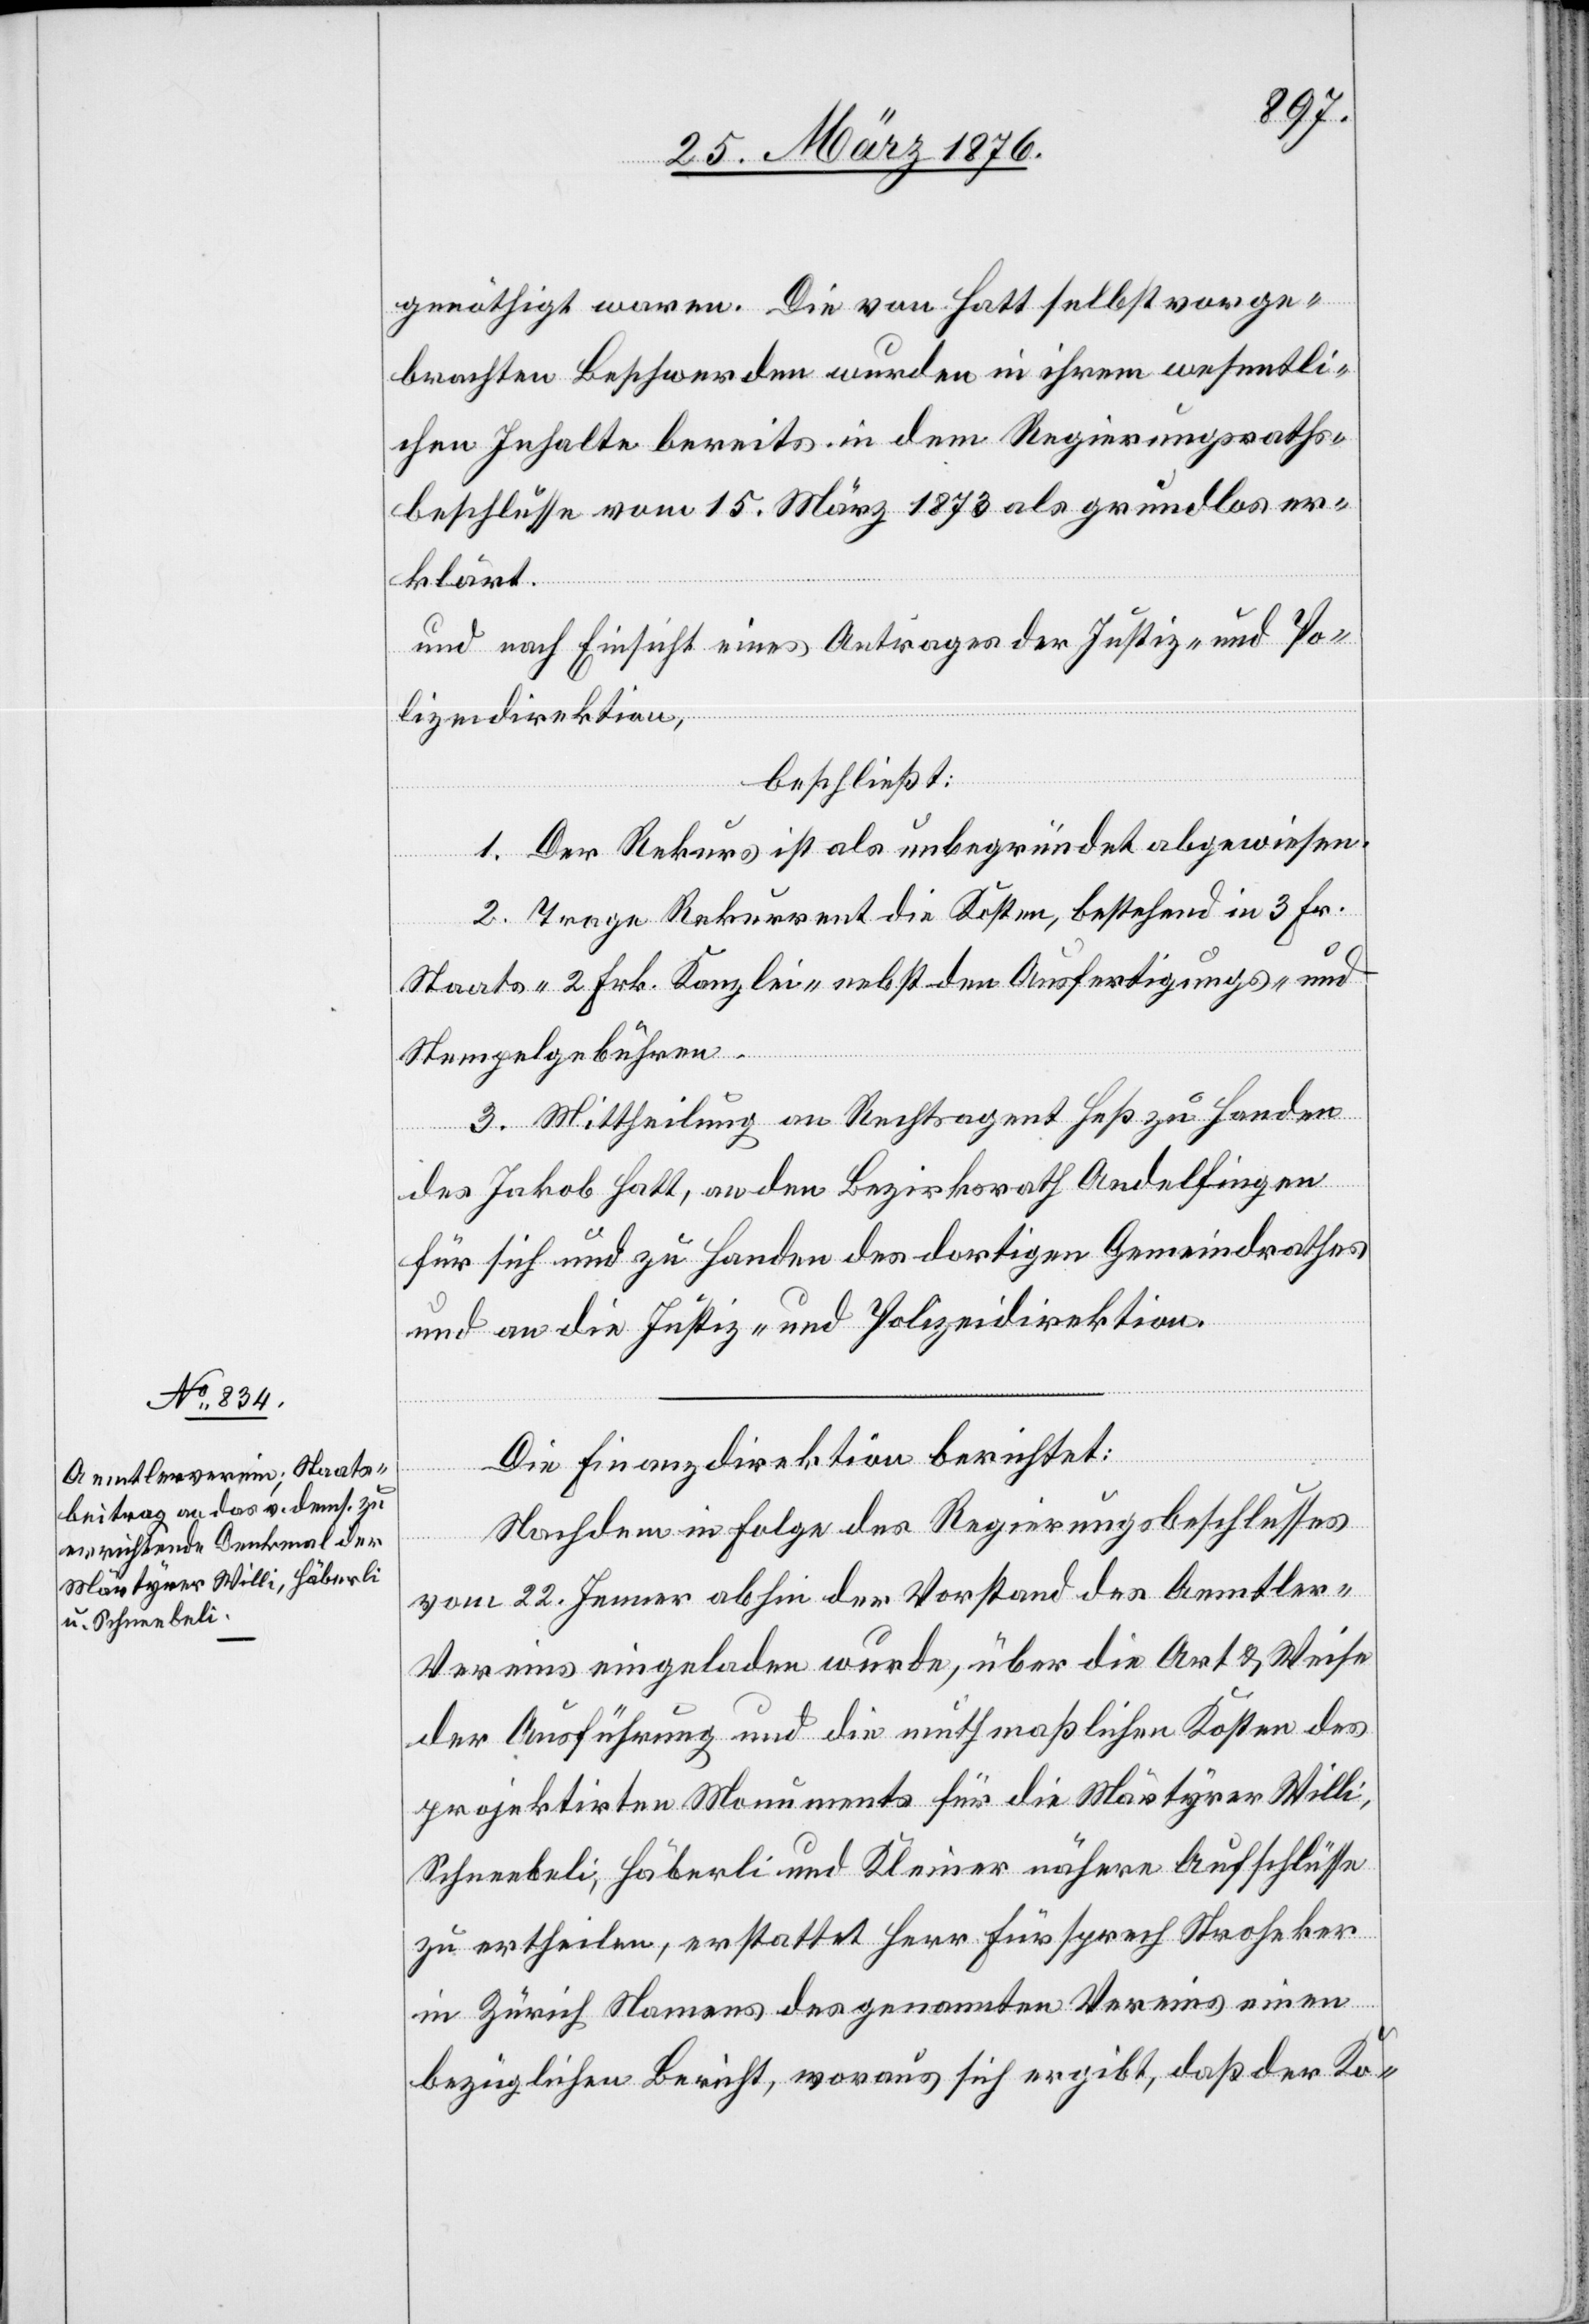
genöthigt waren. Die von Hatt selbst vorge¬
brachten Beschwerden wurden in ihrem wesentli¬
chen Inhalte bereits in dem Regierungsraths¬
beschlusse vom 15. März 1873 als grundlos er¬
klärt.
und nach Einsicht eines Antrages der Justiz- und Po¬
lizeidirektion,
beschließt:
1. Der Rekurs ist als unbegründet abgewiesen.
2. Trage Rekurrent die Kosten, bestehend in 3 Fr.
Staats-[,] 2 Frk. Kanzlei nebst den Ausfertigungs- und
Stempelgebühren.
3. Mittheilung an Rechtsagent Heß zu Handen
des Jakob Hatt, an den Bezirksrath Andelfingen
für sich und zu Handen des dortigen Gemeindrathes
und an die Justiz- und Polizeidirektion.
Die Finanzdirektion berichtet:
Nachdem in Folge des Regierungsbeschlusses
vom 22. Jenner abhin der Vorstand des Aemtler-V¬
ereins eingeladen wurde, über die Art & Weise
der Ausführung und die muthmaßlichen Kosten des
projektirten Monuments für die Märtyrer Willi,
Schneebeli, Häberli und Kleiner [sic!] nähere Aufschlüsse
zu ertheilen, erstattet Herr Fürsprech Stroheker
in Zürich Namens des genannten Vereins einen
bezüglichen Bericht, woraus sich ergibt, daß der Ko-